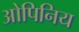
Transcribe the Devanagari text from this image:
ओपिनिय